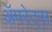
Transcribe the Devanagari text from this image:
अॅपरेट्स